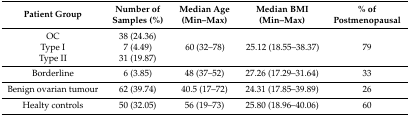
<table><thead><tr><td><b>Patient Group</b></td><td><b>Number of Samples (%)</b></td><td><b>Median Age (Min–Max)</b></td><td><b>Median BMI (Min–Max)</b></td><td><b>% of Postmenopausal</b></td></tr></thead><tbody><tr><td>OC</td><td>38 (24.36)</td><td rowspan="3">60 (32–78)</td><td rowspan="3">25.12 (18.55–38.37)</td><td rowspan="3">79</td></tr><tr><td>Type I</td><td>7 (4.49)</td></tr><tr><td>Type II</td><td>31 (19.87)</td></tr><tr><td>Borderline</td><td>6 (3.85)</td><td>48 (37–52)</td><td>27.26 (17.29–31.64)</td><td>33</td></tr><tr><td>Benign ovarian tumour</td><td>62 (39.74)</td><td>40.5 (17–72)</td><td>24.31 (17.85–39.89)</td><td>26</td></tr><tr><td>Healty controls</td><td>50 (32.05)</td><td>56 (19–73)</td><td>25.80 (18.96–40.06)</td><td>60</td></tr></tbody></table>